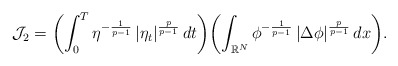
\begin{align*}\mathcal{J}_2=\biggl( \int_0^T\eta^{-\frac{1}{p-1}}\left|\eta_t\right|^{\frac{p}{p-1}}dt\biggr)\biggl(\int_{\mathbb{R}^{N}}\phi^{-\frac{1}{p-1}}\left|\Delta\phi\right|^{\frac{p}{p-1}}dx\biggr).\end{align*}